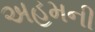
અહમની